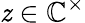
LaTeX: \mathit{z}\in\mathbb{{C}}^{\times}